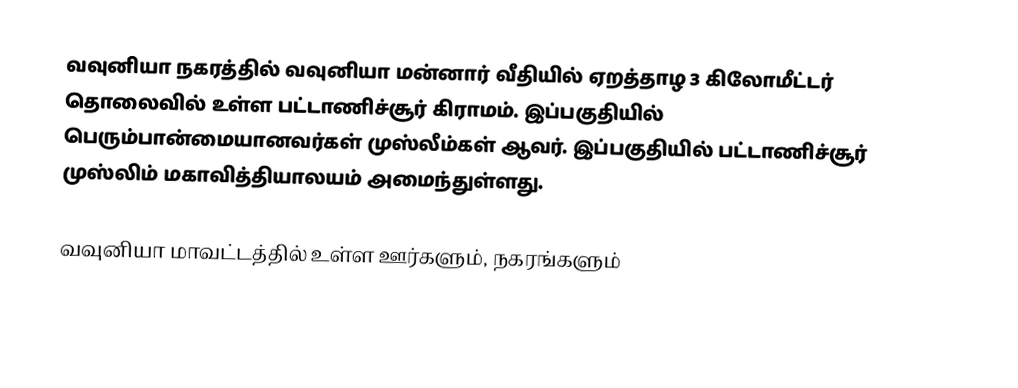
வவுனியா நகரத்தில் வவுனியா மன்னார் வீதியில் ஏறத்தாழ 3 கிலோமீட்டர் தொலைவில் உள்ள பட்டாணிச்சூர் கிராமம். இப்பகுதியில் பெரும்பான்மையானவர்கள் முஸ்லீம்கள் ஆவர். இப்பகுதியில் பட்டாணிச்சூர் முஸ்லிம் மகாவித்தியாலயம் அமைந்துள்ளது.

வவுனியா மாவட்டத்தில் உள்ள ஊர்களும், நகரங்களும்